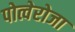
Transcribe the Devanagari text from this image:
पोत्वेरोजा